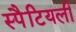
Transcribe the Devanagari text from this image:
स्पैटियली